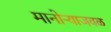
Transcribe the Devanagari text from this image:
मानोऱ्याजवळ